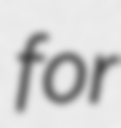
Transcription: for